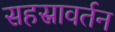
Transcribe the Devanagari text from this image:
सहस्रावर्तन